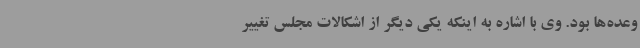
وعده‌ها بود. وی با اشاره به اینکه یکی دیگر از اشکالات مجلس تغییر